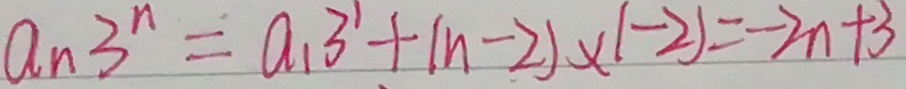
a n 3 ^ { n } = a _ { 1 } 3 ^ { \prime } + ( n - 2 ) x ( - 2 ) = - 2 n + 3